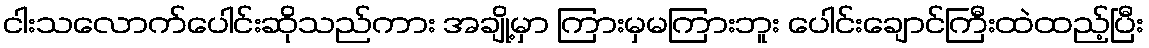
ငါးသလောက်ပေါင်းဆိုသည်ကား အချို့မှာ ကြားမှမကြားဘူး ပေါင်းချောင်ကြီးထဲထည့်ပြီး